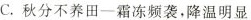
C.秋分不养田一霜冻频袭，降温明显